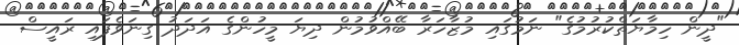
"ދީން ހިމާޔަތްކުރުމުގެ" ނަމުގައި މުޒާހަރާ ބޭއްވުމުން ދިޔަ މީހުންގެ އަދަދު ގިނަވެފައި ރައީސް